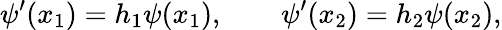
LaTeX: \psi^{\prime}(x_{1})=h_{1}\psi(x_{1}),\qquad\psi^{\prime}(x_{2})=h_{2}\psi(x_{2}),